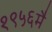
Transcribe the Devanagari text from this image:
१९५६मै